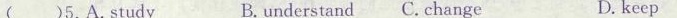
( )5.A.Study B. understand C. Change D.keep